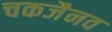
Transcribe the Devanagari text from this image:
चकजैनव